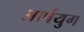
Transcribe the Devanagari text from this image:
आर्षयुग